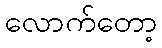
လောက်တော့